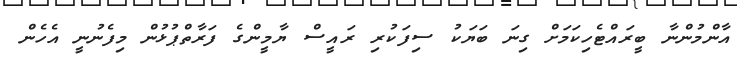
އާންމުންނާ ބީރައްޓެހިކަމަށް ގިނަ ބަޔަކު ސިފަކުރި ރައީސް ޔާމީންގެ ފަރާތްޕުޅުން މިފެނުނީ އެހެން